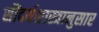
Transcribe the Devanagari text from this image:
सौंदर्यशास्त्रानुसार